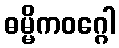
ဓမ္မိကဝဂ္ဂေါ